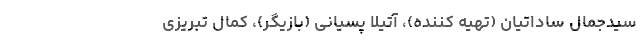
سیدجمال ساداتیان (تهیه کننده)، آتیلا پسیانی (بازیگر)، کمال تبریزی